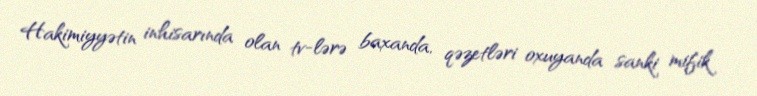
Hakimiyyətin inhisarında olan tv-lərə baxanda, qəzetləri oxuyanda sanki mifik